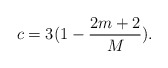
\begin{align*}c=3(1-\dfrac{2m+2}{M}).\end{align*}